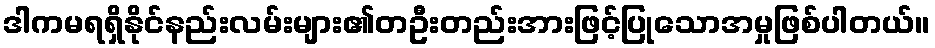
ဒါကမရရှိနိုင်နည်းလမ်းများ၏တဦးတည်းအားဖြင့်ပြုသောအမှုဖြစ်ပါတယ်။